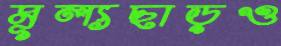
মূল্যছাড়ও